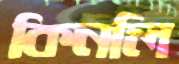
কিনলি